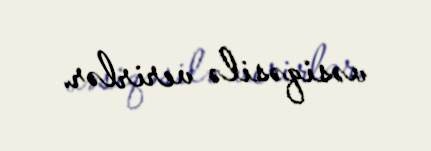
vəsiqəsilə verirlər.